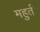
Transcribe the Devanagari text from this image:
महुर्त